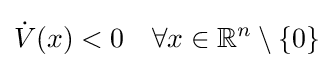
{\dot {V}}(x)<0\quad \forall x\in \mathbb {R} ^{n}\setminus \{0\}